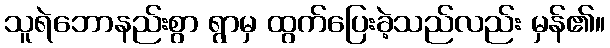
သူရဲဘောနည်းစွာ ရွာမှ ထွက်ပြေးခဲ့သည်လည်း မှန်၏။